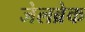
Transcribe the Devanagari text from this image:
जेलब्रेक